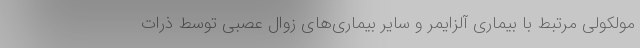
مولکولی مرتبط با بیماری آلزایمر و سایر بیماری‌های زوال عصبی توسط ذرات